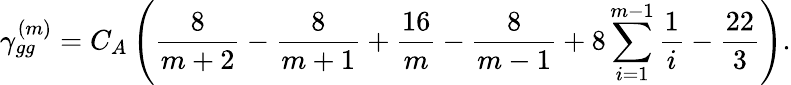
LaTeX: \gamma_{gg}^{(m)}=C_{A}\left(\frac{8}{m+2}-\frac{8}{m+1}+\frac{16}{m}-\frac{8}{m-1}+8\sum_{i=1}^{m-1}\frac{1}{i}-\frac{22}{3}\right).